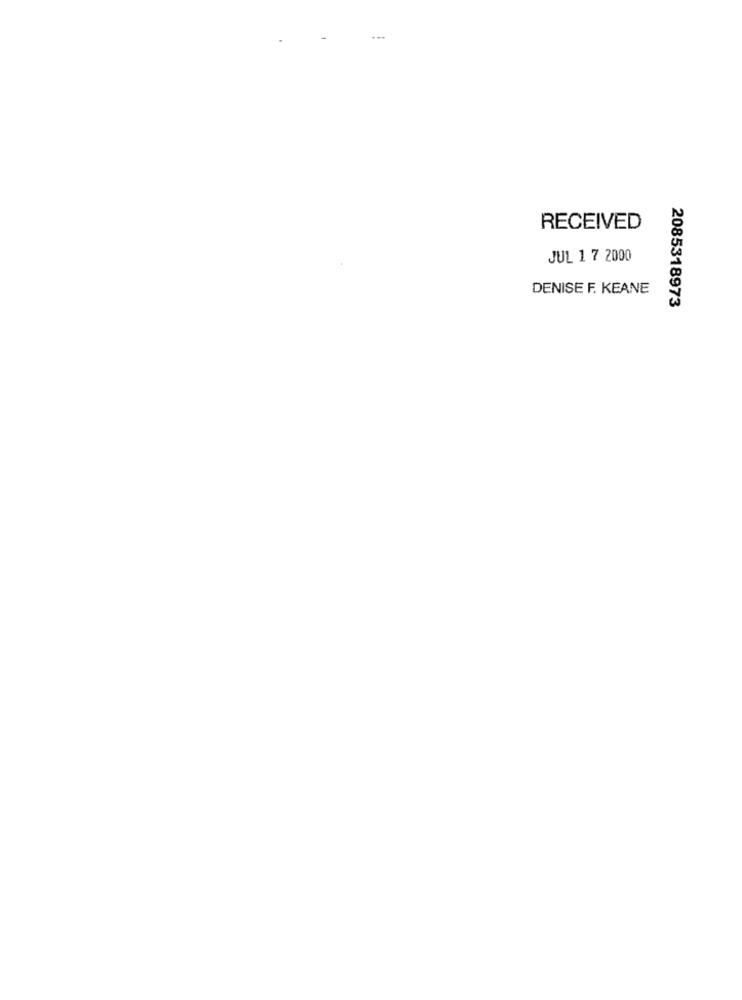
RECEIVED
JUL 1 7 2000
DENISE F. KEANE
2085318973